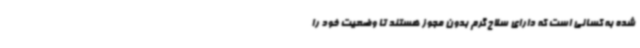
شده به کسانی است که دارای سلاح گرم بدون مجوز هستند تا وضعیت خود را